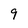
Character: 9